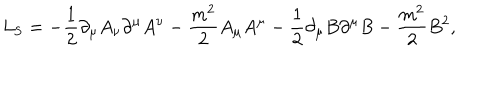
L _ { \mathrm { S } } = \mathrm { } - \frac { 1 } { 2 } \partial _ { \mu } A _ { \nu } \partial ^ { \mu } A ^ { \nu } - \frac { m ^ { 2 } } { 2 } A _ { \mu } A ^ { \mu } - \frac { 1 } { 2 } \partial _ { \mu } B \partial ^ { \mu } B - \frac { m ^ { 2 } } { 2 } B ^ { 2 } ,